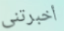
أخبرتنى